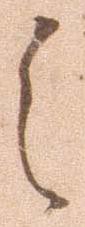
之